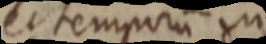
et temporum in